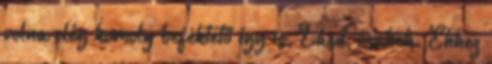
volna elég komoly befektető így is. Lásd, csahek. Ehhez